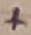
Text: +